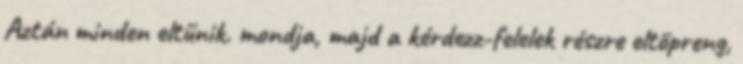
Aztán minden eltűnik. mondja, majd a kérdezz-felelek részre eltöpreng,